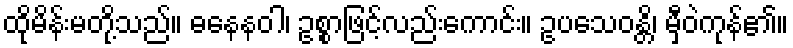
ထိုမိန်းမတို့သည်။ ဓနေနဝါ၊ ဥစ္စာဖြင့်လည်းကောင်း။ ဥပသေဝန္တိ၊ မှီဝဲကုန်၏။